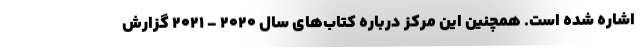
اشاره شده است. همچنین این مرکز درباره کتاب‌های سال ۲۰۲۰ - ۲۰۲۱ گزارش